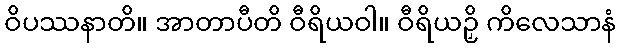
ဝိပဿနာတိ။ အာတာပီတိ ဝီရိယဝါ။ ဝီရိယဉှိ ကိလေသာနံ